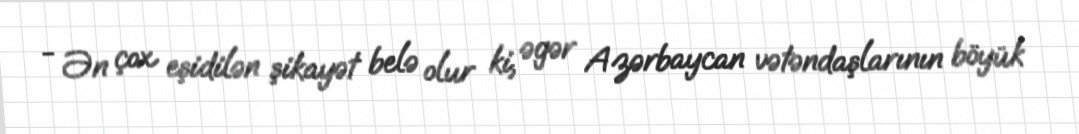
- Ən çox eşidilən şikayət belə olur ki, əgər Azərbaycan vətəndaşlarının böyük